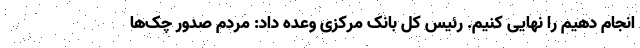
انجام دهیم را نهایی کنیم. رئیس کل بانک مرکزی وعده داد: مردم صدور چک‌ها